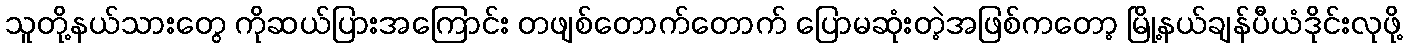
သူတို့နယ်သားတွေ ကိုဆယ်ပြားအကြောင်း တဖျစ်တောက်တောက် ပြောမဆုံးတဲ့အဖြစ်ကတော့ မြို့နယ်ချန်ပီယံဒိုင်းလုဖို့